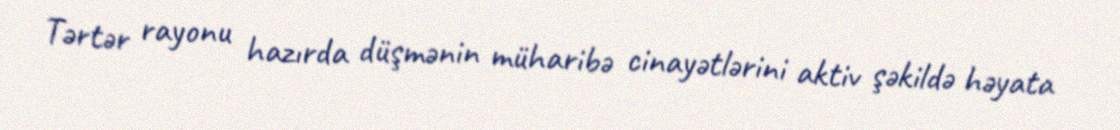
Tərtər rayonu hazırda düşmənin müharibə cinayətlərini aktiv şəkildə həyata